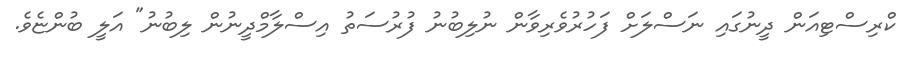
ކްރިސްޓިއަން ދީނުގައި ނަސްލަށް ފަހުރުވެރިވާން ނުލިބުނު ފުރުސަތު އިސްލާމްދީނުން ލިބުނު" އަލީ ބުންޏެވެ.